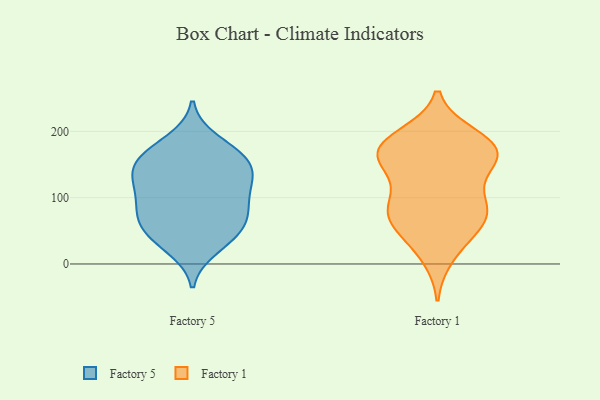
{"axis": {"x": "Page Views", "y": "Value"}, "legend": ["Factory 1", "Factory 5"], "data": [{"x": "", "y": 70, "type": "Factory 5"}, {"x": "", "y": 57, "type": "Factory 5"}, {"x": "", "y": 42, "type": "Factory 5"}, {"x": "", "y": 163, "type": "Factory 5"}, {"x": "", "y": 144, "type": "Factory 5"}, {"x": "", "y": 140, "type": "Factory 5"}, {"x": "", "y": 186, "type": "Factory 5"}, {"x": "", "y": 71, "type": "Factory 5"}, {"x": "", "y": 75, "type": "Factory 5"}, {"x": "", "y": 121, "type": "Factory 5"}, {"x": "", "y": 24, "type": "Factory 5"}, {"x": "", "y": 161, "type": "Factory 5"}, {"x": "", "y": 104, "type": "Factory 5"}, {"x": "", "y": 94, "type": "Factory 5"}, {"x": "", "y": 116, "type": "Factory 5"}, {"x": "", "y": 38, "type": "Factory 5"}, {"x": "", "y": 167, "type": "Factory 5"}, {"x": "", "y": 139, "type": "Factory 5"}, {"x": "", "y": 97, "type": "Factory 1"}, {"x": "", "y": 77, "type": "Factory 1"}, {"x": "", "y": 174, "type": "Factory 1"}, {"x": "", "y": 152, "type": "Factory 1"}, {"x": "", "y": 136, "type": "Factory 1"}, {"x": "", "y": 183, "type": "Factory 1"}, {"x": "", "y": 193, "type": "Factory 1"}, {"x": "", "y": 12, "type": "Factory 1"}, {"x": "", "y": 61, "type": "Factory 1"}, {"x": "", "y": 153, "type": "Factory 1"}, {"x": "", "y": 185, "type": "Factory 1"}, {"x": "", "y": 89, "type": "Factory 1"}, {"x": "", "y": 77, "type": "Factory 1"}, {"x": "", "y": 81, "type": "Factory 1"}, {"x": "", "y": 163, "type": "Factory 1"}, {"x": "", "y": 169, "type": "Factory 1"}, {"x": "", "y": 33, "type": "Factory 1"}, {"x": "", "y": 171, "type": "Factory 1"}, {"x": "", "y": 63, "type": "Factory 1"}]}